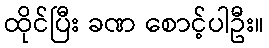
ထိုင်ပြီး ခဏ စောင့်ပါဦး။